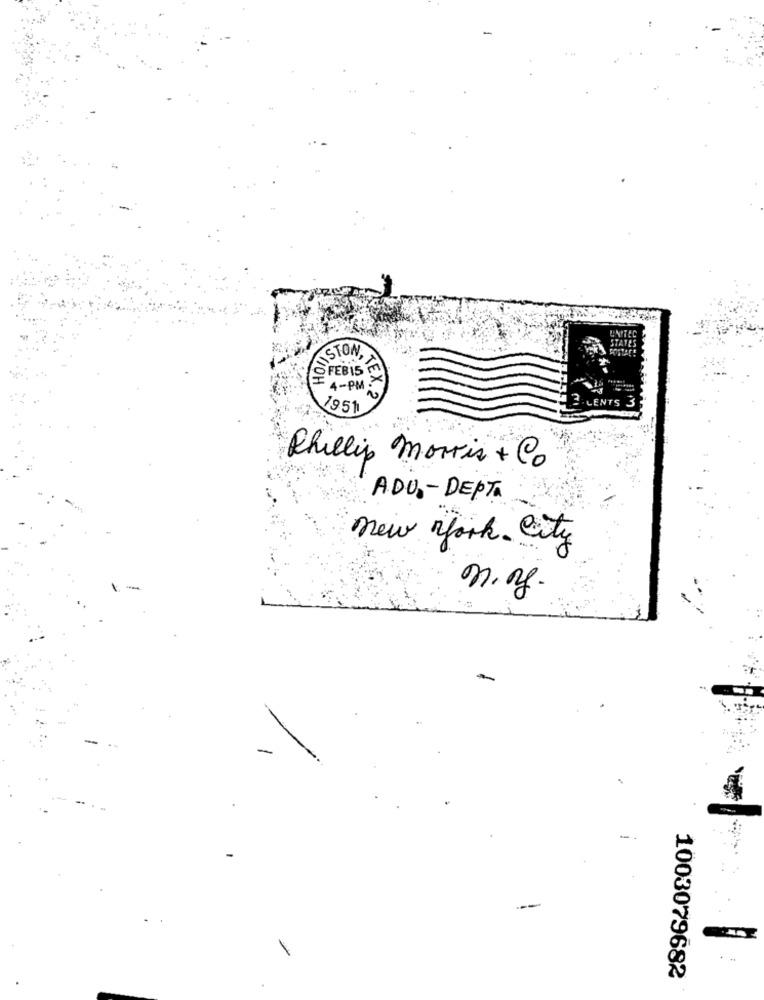
ASTON,
FEBIS IT
IA-PM
TEX. 2
LENTS 3
1951
Phillip morris + Co
ADU- DEPTA
new york City
on.og.
-
1003079682